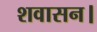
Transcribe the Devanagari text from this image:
शवासन।